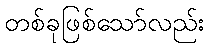
တစ်ခုဖြစ်သော်လည်း